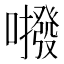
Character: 𱕕